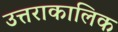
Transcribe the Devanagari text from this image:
उत्तराकालिक